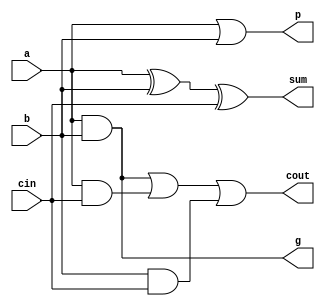
module full_adder(sum,cout,p,g,a,b,cin);
	input a,b,cin;
	output sum,cout,p,g;
	and #1 u1(g,a,b);
	or #1 u2(p,a,b);
	xor #4 u3(sum,a,b,cin);
	wire m,n,o;
	and #1 u4(m,a,b);
	and #1 u5(n,a,cin);
	and #1 u6(o,b,cin);
	or #2 u7(cout,m,n,o);
endmodule

module add16_rc(sum16,cout,a16,b16,cin);
	input [15:0] a16,b16;
	input cin;
	output [15:0] sum16;
	output cout;
	wire [14:0] carry;
	full_adder q1(.sum(sum16[0]),.cout(carry[0]),.a(a16[0]),.b(b16[0]),.cin(cin));
	genvar i;
	generate for(i=1;i<=14;i=i+1)
		begin: full_adder_loop
			full_adder q2(.sum(sum16[i]),.cout(carry[i]),.a(a16[i]),.b(b16[i]),.cin(carry[i-1]));
		end
	endgenerate
	full_adder q3(.sum(sum16[15]),.cout(cout),.a(a16[15]),.b(b16[15]),.cin(carry[14]));
endmodule

module carry_generator(couts,p,g,cin);
	input [3:0] p,g;
	input cin;
	output [3:0] couts;
	wire [9:0] temp;
	and #1 s1(temp[0],cin,p[0]);
	or #1 s2(couts[0],temp[0],g[0]);
	and #2 s3(temp[1],cin,p[0],p[1]);
	and #1 s4(temp[2],g[0],p[1]);
	or #2 s5(couts[1],g[1],temp[1],temp[2]);
	and #2 s6(temp[3],cin,p[0],p[1],p[2]);
	and #2 s7(temp[4],p[2],p[1],g[0]);
	and #1 s8(temp[5],p[2],g[1]);
	or #2 s9(couts[2],g[2],temp[5],temp[4],temp[3]);
	and #3 s10(temp[6],p[3],p[2],p[1],p[0],cin);
	and #2 s11(temp[7],p[3],p[2],p[1],g[0]);
	and #2 s12(temp[8],p[3],p[2],g[1]);
	and #1 s13(temp[9],p[3],g[2]);
	or #3 s14(couts[3],g[3],temp[9],temp[8],temp[7],temp[6]);
endmodule

module add4_cla(sum4,gg,gp,cout,a4,b4,cin);
	input [3:0] a4,b4;
	input cin;
	output [3:0] sum4;
	output gg,gp,cout;
	wire [3:0] wp,wg;
	genvar i;
	generate for(i=0;i<4;i=i+1)
		begin: prop_gen_loop
			full_adder q1(.p(wp[i]),.g(wg[i]),.a(a4[i]),.b(b4[i]),.cin(cin));
		end
	endgenerate
	and #2 q7(gp,wp[0],wp[1],wp[2],wp[3]);
	wire [2:0] temporary;
	and #2 q8(temporary[0],wg[0],wp[1],wp[2],wp[3]);
	and #2 q9(temporary[1],wg[1],wp[2],wp[3]);
	and #1 q10(temporary[2],wg[2],wp[3]);
	or #2 q11(gg,wg[3],temporary[2],temporary[1],temporary[0]);
	wire [3:0] couts;
	carry_generator q2(couts,wp,wg,cin);
	assign cout = couts[3];
	full_adder q3(.sum(sum4[0]),.a(a4[0]),.b(b4[0]),.cin(cin));
	full_adder q4(.sum(sum4[1]),.a(a4[1]),.b(b4[1]),.cin(couts[0]));
	full_adder q5(.sum(sum4[2]),.a(a4[2]),.b(b4[2]),.cin(couts[1]));
	full_adder q6(.sum(sum4[3]),.a(a4[3]),.b(b4[3]),.cin(couts[2]));
endmodule

module add16_cla(sum16,cout,a16,b16,cin);
	input [15:0] a16,b16;
	input cin;
	output [15:0] sum16;
	output cout;
	genvar i;
	wire [3:0] gg4,gp4;
	generate for(i=0;i<4;i=i+1)
		begin: groupgenprop_loop
			add4_cla e1(.gg(gg4[i]),.gp(gp4[i]),.a4(a16[4*i+3:4*i]),.b4(b16[4*i+3:4*i]),.cin(cin));
		end	
	endgenerate
	wire [3:0] groupcout;
	carry_generator e2(groupcout,gp4,gg4,cin);
	add4_cla e3(.sum4(sum16[3:0]),.a4(a16[3:0]),.b4(b16[3:0]),.cin(cin));
	add4_cla e4(.sum4(sum16[7:4]),.a4(a16[7:4]),.b4(b16[7:4]),.cin(groupcout[0]));
	add4_cla e5(.sum4(sum16[11:8]),.a4(a16[11:8]),.b4(b16[11:8]),.cin(groupcout[1]));
	add4_cla e6(.sum4(sum16[15:12]),.a4(a16[15:12]),.b4(b16[15:12]),.cin(groupcout[2]));
	assign cout = groupcout[3];
endmodule